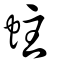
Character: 蛀